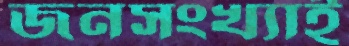
জনসংখ্যাই